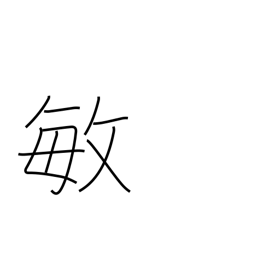
Meaning: alert